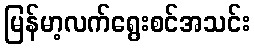
မြန်မာ့လက်ရွေးစင်အသင်း